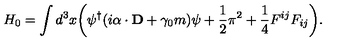
H _ { 0 } = \int d ^ { 3 } x \biggl ( \psi ^ { \dagger } ( i \mathrm { \boldmath \alpha } \cdot { \bf D } + \gamma _ { 0 } m ) \psi + { \frac { 1 } { 2 } } \mathrm { \boldmath \pi } ^ { 2 } + { \frac { 1 } { 4 } } F ^ { i j } F _ { i j } \biggr ) .